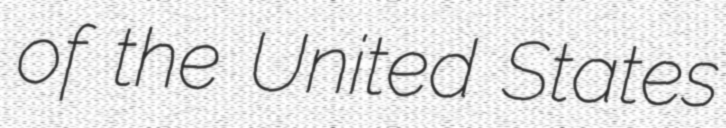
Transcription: of the United States